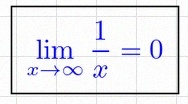
\lim_{x\to\infty}\frac{1}{x}=0